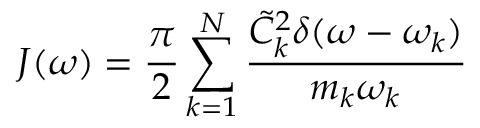
J ( \omega ) = \frac { \pi } { 2 } \sum _ { k = 1 } ^ { N } \frac { \tilde { C } _ { k } ^ { 2 } \delta ( \omega - \omega _ { k } ) } { m _ { k } \omega _ { k } }